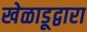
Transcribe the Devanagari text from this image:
खेळाडूद्वारा